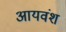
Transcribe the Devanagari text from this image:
आयवंश